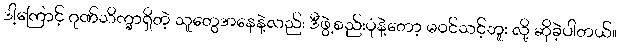
ဒါ့ကြောင့် ဂုဏ်သိက္ခာရှိတဲ့ သူတွေအနေနဲ့လည်း ဒီဖွဲ့စည်းပုံနဲ့တော့ မဝင်သင့်ဘူး လို့ ဆိုခဲ့ပါတယ်။